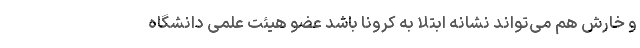
و خارش هم می‌تواند نشانه ابتلا به کرونا باشد عضو هیئت علمی دانشگاه